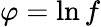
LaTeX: {\varphi=\ln f}